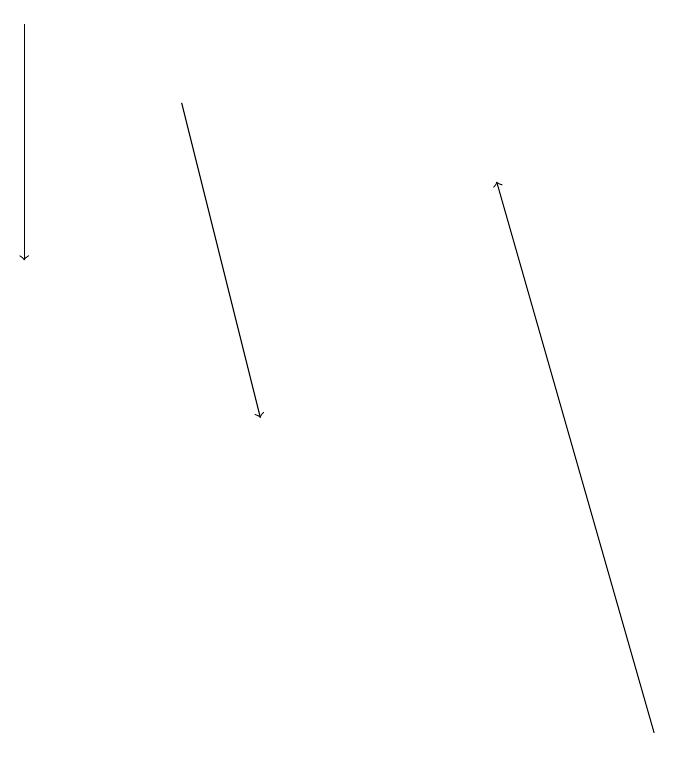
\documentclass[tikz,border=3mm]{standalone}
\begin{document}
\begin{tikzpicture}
\draw[->] (9,10) -- (7,17);
\draw[->] (3,18) -- (4,14);
\draw[->] (1,19) -- (1,16);
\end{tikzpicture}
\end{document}